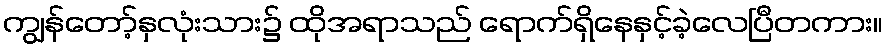
ကျွန်တော့်နှလုံးသား၌ ထိုအရာသည် ရောက်ရှိနေနှင့်ခဲ့လေပြီတကား။